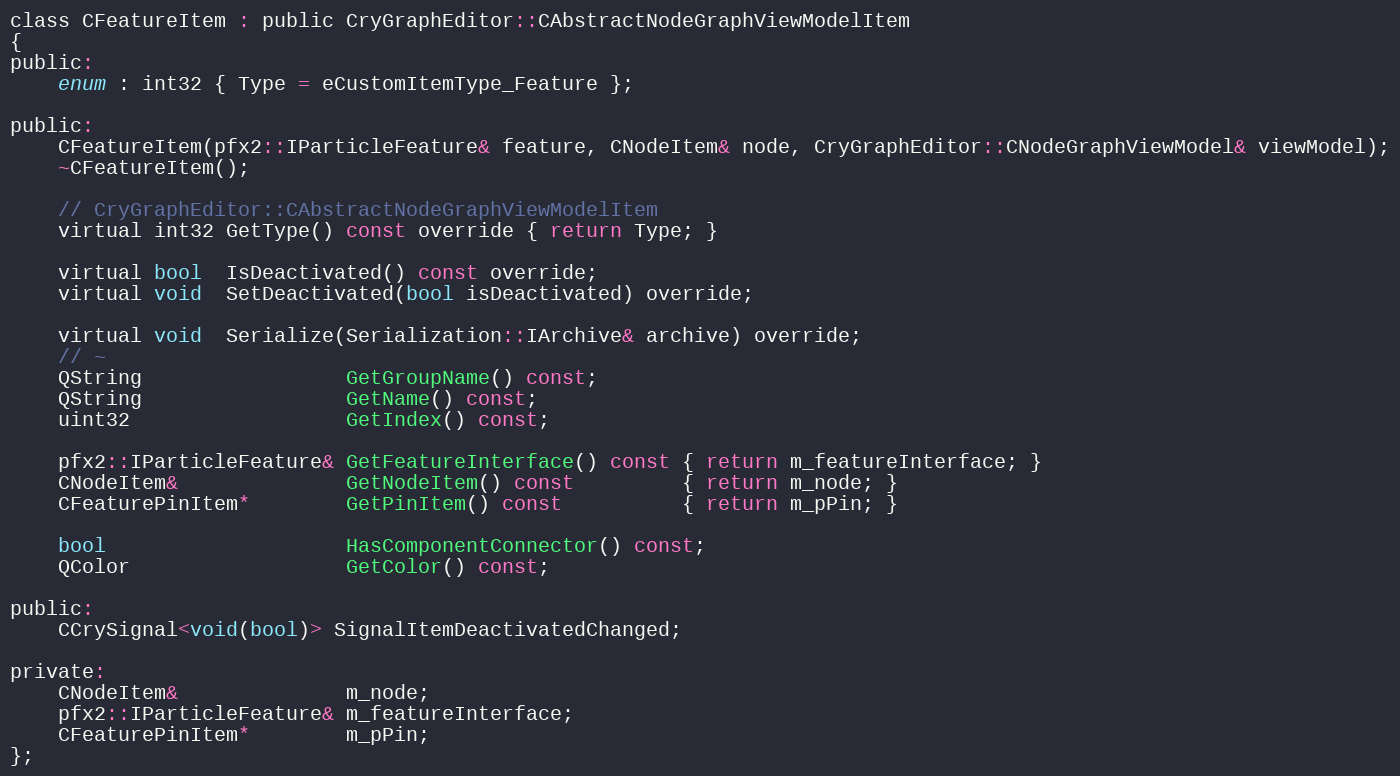
Language: C
class CFeatureItem : public CryGraphEditor::CAbstractNodeGraphViewModelItem
{
public:
	enum : int32 { Type = eCustomItemType_Feature };

public:
	CFeatureItem(pfx2::IParticleFeature& feature, CNodeItem& node, CryGraphEditor::CNodeGraphViewModel& viewModel);
	~CFeatureItem();

	// CryGraphEditor::CAbstractNodeGraphViewModelItem
	virtual int32 GetType() const override { return Type; }

	virtual bool  IsDeactivated() const override;
	virtual void  SetDeactivated(bool isDeactivated) override;

	virtual void  Serialize(Serialization::IArchive& archive) override;
	// ~
	QString                 GetGroupName() const;
	QString                 GetName() const;
	uint32                  GetIndex() const;

	pfx2::IParticleFeature& GetFeatureInterface() const { return m_featureInterface; }
	CNodeItem&              GetNodeItem() const         { return m_node; }
	CFeaturePinItem*        GetPinItem() const          { return m_pPin; }

	bool                    HasComponentConnector() const;
	QColor                  GetColor() const;

public:
	CCrySignal<void(bool)> SignalItemDeactivatedChanged;

private:
	CNodeItem&              m_node;
	pfx2::IParticleFeature& m_featureInterface;
	CFeaturePinItem*        m_pPin;
};